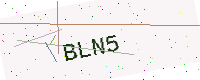
Text: BLN5